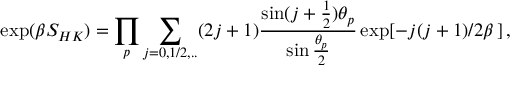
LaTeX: \exp ( \beta S _ { H K } ) = \prod _ { p } \sum _ { j = 0 , 1 / 2 , . . } ( 2 j + 1 ) \frac { \sin ( j + \frac { 1 } { 2 } ) \theta _ { p } } { \sin \frac { \theta _ { p } } { 2 } } \exp [ - j ( j + 1 ) / 2 \beta \, ] \, ,